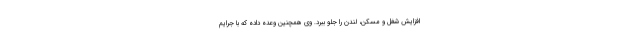
افزایش شغل و مسکن، لندن را جلو ببرد. وی همچنین وعده داده که با جرایم